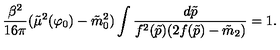
{ \frac { \beta ^ { 2 } } { 1 6 \pi } } ( \tilde { \mu } ^ { 2 } ( \varphi _ { 0 } ) - \tilde { m } _ { 0 } ^ { 2 } ) \int { \frac { d \tilde { p } } { f ^ { 2 } ( \tilde { p } ) ( 2 f ( \tilde { p } ) - \tilde { m } _ { 2 } ) } } = 1 .